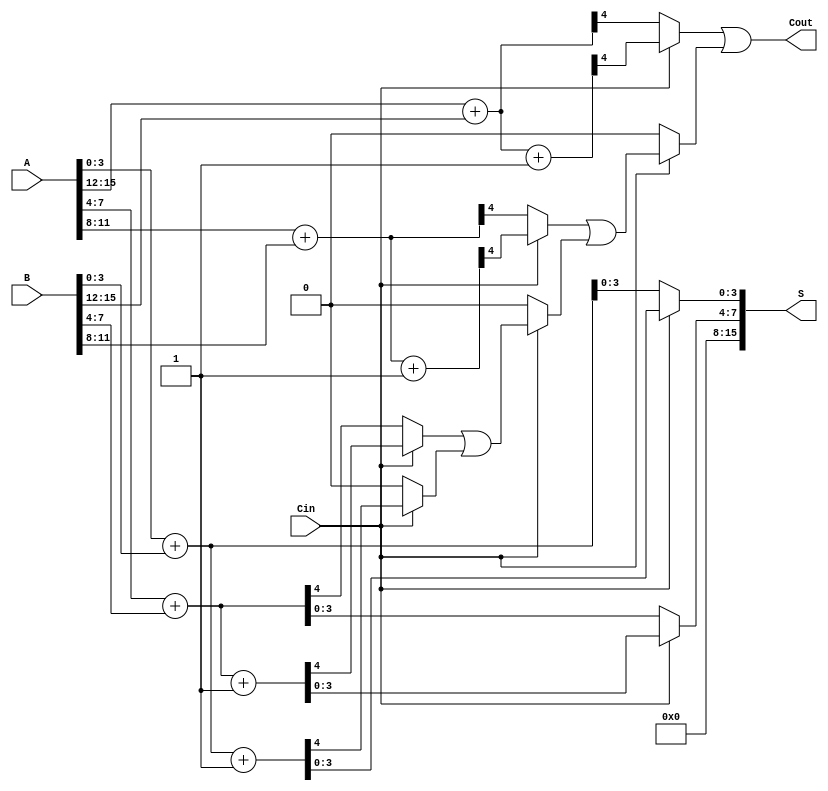
module carry_select_adder #(parameter N = 16) (
    input [N-1:0] A,      // First n-bit input
    input [N-1:0] B,      // Second n-bit input
    input Cin,            // Carry-in
    output [N-1:0] S,     // n-bit sum output
    output Cout           // Carry-out
);

    localparam SEGMENT_SIZE = 4; // Size of each segment
    localparam NUM_SEGMENTS = N / SEGMENT_SIZE;

    wire [SEGMENT_SIZE-1:0] sum0 [0:NUM_SEGMENTS-1]; // Sums when Cin = 0
    wire [SEGMENT_SIZE-1:0] sum1 [0:NUM_SEGMENTS-1]; // Sums when Cin = 1
    wire carry0 [0:NUM_SEGMENTS-1]; // Carries when Cin = 0
    wire carry1 [0:NUM_SEGMENTS-1]; // Carries when Cin = 1
    wire carry_out [0:NUM_SEGMENTS-1]; // Carry outputs for multiplexers

    // Generate the segments
    genvar i;
    generate
        for (i = 0; i < NUM_SEGMENTS; i = i + 1) begin : segment
            wire [SEGMENT_SIZE-1:0] A_seg = A[(i+1)*SEGMENT_SIZE-1:i*SEGMENT_SIZE];
            wire [SEGMENT_SIZE-1:0] B_seg = B[(i+1)*SEGMENT_SIZE-1:i*SEGMENT_SIZE];

            // Full Adders for Cin = 0
            wire [SEGMENT_SIZE:0] temp_sum0;
            assign temp_sum0 = {1'b0, A_seg} + {1'b0, B_seg}; // Add with Cin = 0
            assign sum0[i] = temp_sum0[SEGMENT_SIZE-1:0];
            assign carry0[i] = temp_sum0[SEGMENT_SIZE];

            // Full Adders for Cin = 1
            wire [SEGMENT_SIZE:0] temp_sum1;
            assign temp_sum1 = {1'b0, A_seg} + {1'b0, B_seg} + 1'b1; // Add with Cin = 1
            assign sum1[i] = temp_sum1[SEGMENT_SIZE-1:0];
            assign carry1[i] = temp_sum1[SEGMENT_SIZE];
        end
    endgenerate

    // Mux to select the correct sum and carry based on Cin
    wire [NUM_SEGMENTS-1:0] selected_sum;
    wire [NUM_SEGMENTS-1:0] selected_carry;

    assign S = {sum0[NUM_SEGMENTS-1], sum1[NUM_SEGMENTS-1]};
    assign Cout = carry_out[NUM_SEGMENTS-1];

    // Carry selection logic
    generate
        for (i = 0; i < NUM_SEGMENTS; i = i + 1) begin : mux
            assign carry_out[i] = (i == 0) ? Cin ? carry1[i] : carry0[i] : 
                                  (Cin ? carry1[i] : carry0[i]) | (Cin ? carry_out[i-1] : 1'b0);
            assign S[(i+1)*SEGMENT_SIZE-1:i*SEGMENT_SIZE] = Cin ? sum1[i] : sum0[i];
        end
    endgenerate

endmodule